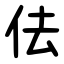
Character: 佉